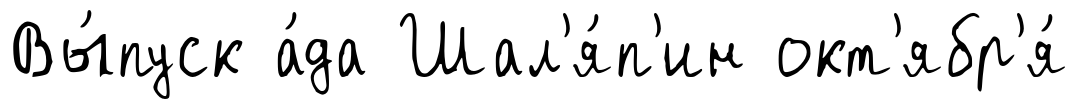
Вы́пуск а́да Шал'я́п'ин окт'ябр'я́